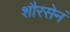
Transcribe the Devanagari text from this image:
शौरसेनं